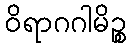
ဝိရာဂဂါမိဉ္စ